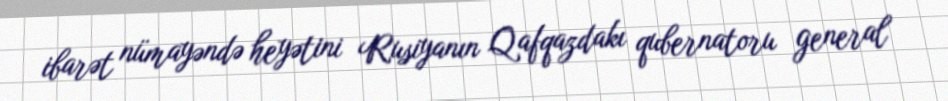
ibarət nümayəndə heyətini Rusiyanın Qafqazdakı qubernatoru general